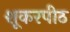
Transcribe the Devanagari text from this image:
शूकरपीठ